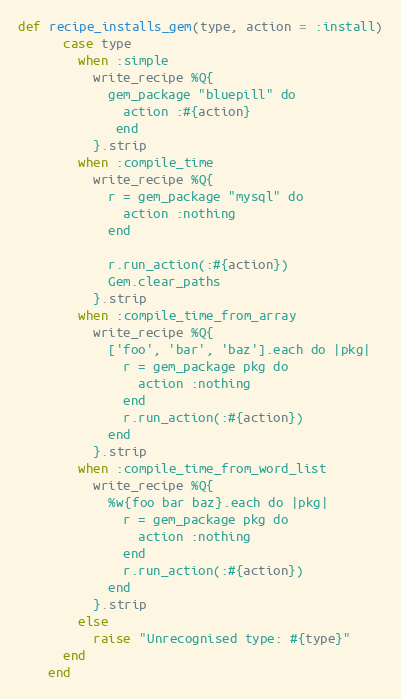
Language: Ruby
def recipe_installs_gem(type, action = :install)
      case type
        when :simple
          write_recipe %Q{
            gem_package "bluepill" do
              action :#{action}
             end
          }.strip
        when :compile_time
          write_recipe %Q{
            r = gem_package "mysql" do
              action :nothing
            end

            r.run_action(:#{action})
            Gem.clear_paths
          }.strip
        when :compile_time_from_array
          write_recipe %Q{
            ['foo', 'bar', 'baz'].each do |pkg|
              r = gem_package pkg do
                action :nothing
              end
              r.run_action(:#{action})
            end
          }.strip
        when :compile_time_from_word_list
          write_recipe %Q{
            %w{foo bar baz}.each do |pkg|
              r = gem_package pkg do
                action :nothing
              end
              r.run_action(:#{action})
            end
          }.strip
        else
          raise "Unrecognised type: #{type}"
      end
    end